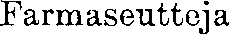
Farmaseutteja